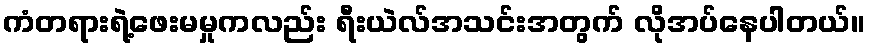
ကံတရားရဲ့ဖေးမမှုကလည်း ရီးယဲလ်အသင်းအတွက် လိုအပ်နေပါတယ်။